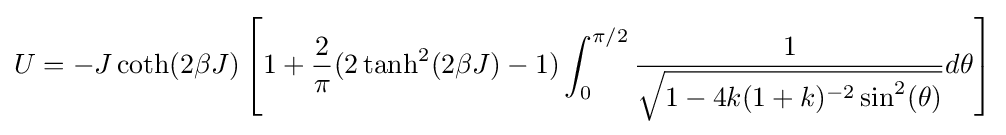
U=-J\coth(2\beta J)\left[1+{\frac {2}{\pi }}(2\tanh ^{2}(2\beta J)-1)\int _{0}^{\pi /2}{\frac {1}{\sqrt {1-4k(1+k)^{-2}\sin ^{2}(\theta )}}}d\theta \right]